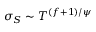
\sigma _ { S } \sim T ^ { ( { f + 1 } ) / { \psi } }